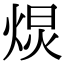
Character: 𭴽